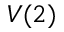
V ( 2 )